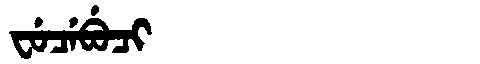
Manchu: ᠸᡠᠴᡝᠪᡠᠴᡳ
Romanization: FUCEBUCI